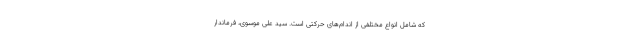
که شامل انواع مختلفی از اندام‌های حرکتی است. سید علی موسوی، فرماندار